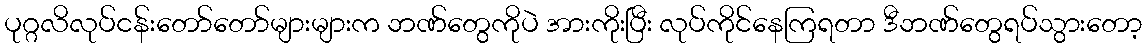
ပုဂ္ဂလိလုပ်ငန်းတော်တော်များများက ဘဏ်တွေကိုပဲ အားကိုးပြီး လုပ်ကိုင်နေကြရတာ ဒီဘဏ်တွေရပ်သွားတော့